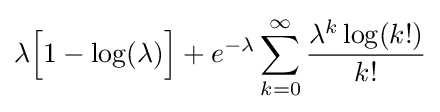
\lambda {\Bigl [}1-\log(\lambda ){\Bigr ]}+e^{-\lambda }\sum _{k=0}^{\infty }{\frac {\lambda ^{k}\log(k!)}{k!}}